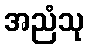
အညံသု